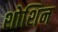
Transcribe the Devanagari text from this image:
शोशिन